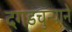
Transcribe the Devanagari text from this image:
दगडचुन्याने